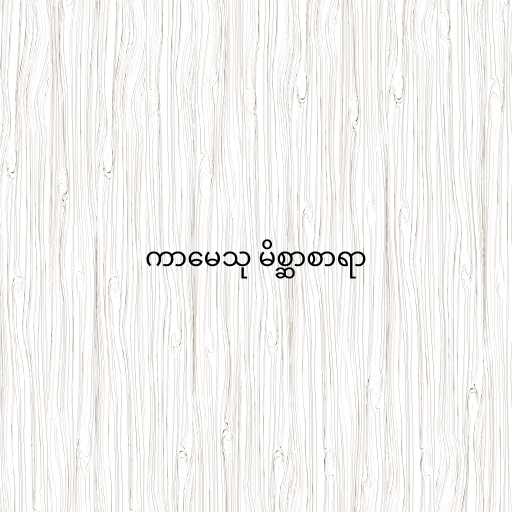
ကာမေသု မိစ္ဆာစာရာ